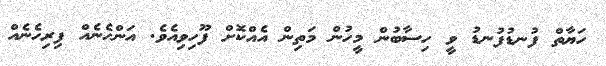
ހަޔާތް ފުނޑުފުނޑު ވީ ހިސާބުން މީހުން މަތިން އެއްކޮށް ފޫހިވިއެވެ. އަންހެނެއް ފިރިހެނެއް